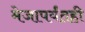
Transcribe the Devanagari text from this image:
मेजापर्यंतही